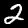
Digit: 2